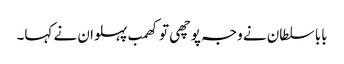
بابا سلطان نے وجہ پوچھی تو کھمب پہلوان نے کہا۔